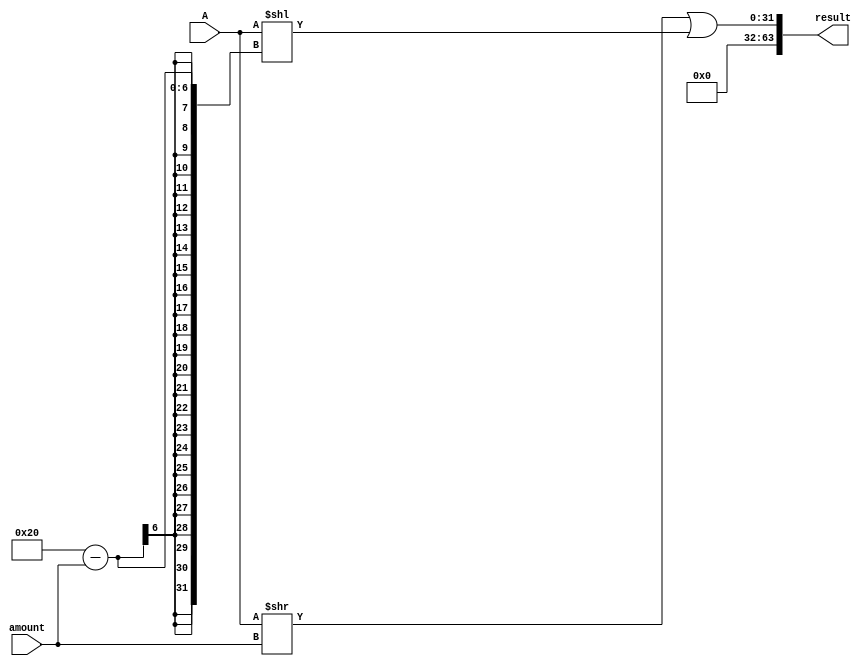
module ror #(parameter DATA_WIDTH = 32)(
    input wire [31:0] A, 
    input wire [4:0] amount,
    output wire[63:0] result
);

    assign result[DATA_WIDTH-1:0] = (A >> amount) | (A << ((DATA_WIDTH) - amount));
    assign result[DATA_WIDTH*2 -1: DATA_WIDTH] = 32'd0;

endmodule